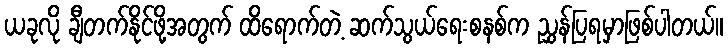
ယခုလို ချီတက်နိုင်ဖို့အတွက် ထိရောက်တဲ့ ဆက်သွယ်ရေးစနစ်က ညွှန်ပြရမှာဖြစ်ပါတယ်။